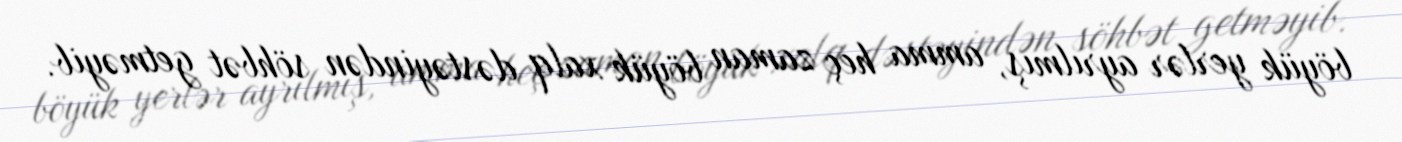
böyük yerlər ayrılmış, amma heç zaman böyük xalq dəstəyindən söhbət getməyib.